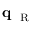
{ { \bf q } _ { \mathrm { ~ \tiny ~ R ~ } } }